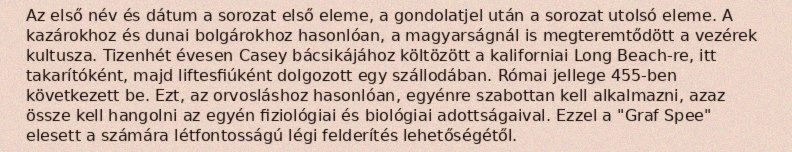
Az első név és dátum a sorozat első eleme, a gondolatjel után a sorozat utolsó eleme. A kazárokhoz és dunai bolgárokhoz hasonlóan, a magyarságnál is megteremtődött a vezérek kultusza. Tizenhét évesen Casey bácsikájához költözött a kaliforniai Long Beach-re, itt takarítóként, majd liftesfiúként dolgozott egy szállodában. Római jellege 455-ben következett be. Ezt, az orvosláshoz hasonlóan, egyénre szabottan kell alkalmazni, azaz össze kell hangolni az egyén fiziológiai és biológiai adottságaival. Ezzel a "Graf Spee" elesett a számára létfontosságú légi felderítés lehetőségétől.